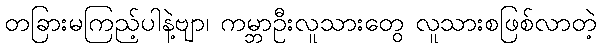
တခြားမကြည့်ပါနဲ့ဗျာ၊ ကမ္ဘာဦးလူသားတွေ လူသားစဖြစ်လာတဲ့